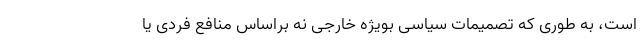
است، به طوری که تصمیمات سیاسی بویژه خارجی نه براساس منافع فردی یا